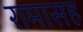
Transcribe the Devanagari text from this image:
रामासह